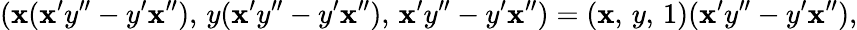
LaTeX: (\mathbf{x}(\mathbf{x}^{\prime}y^{\prime\prime}-y^{\prime}\mathbf{x}^{\prime\prime}),\, y(\mathbf{x}^{\prime}y^{\prime\prime}-y^{\prime}\mathbf{x}^{\prime\prime}),\, \mathbf{x}^{\prime}y^{\prime\prime}-y^{\prime}\mathbf{x}^{\prime\prime})=(\mathbf{x},\, y,\, 1)(\mathbf{x}^{\prime}y^{\prime\prime}-y^{\prime}\mathbf{x}^{\prime\prime}),